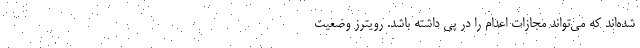
شده‌اند که می‌تواند مجازات اعدام را در پی داشته باشد. رویترز وضعیت